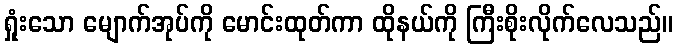
ရှုံးသော မျောက်အုပ်ကို မောင်းထုတ်ကာ ထိုနယ်ကို ကြီးစိုးလိုက်လေသည်။